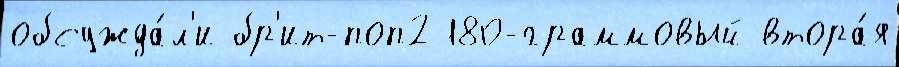
обсужда́л'и бр'ит-поп2 180-граммовый втора́я